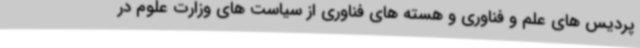
پردیس های علم و فناوری و هسته های فناوری از سیاست های وزارت علوم در